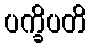
ပက္ခိပတိ